Causation and prevention of malarial fevers: a statement of the results of researches drawn up for the use of assistant surgeons, hospital assistants and students
Disease focus: Malaria
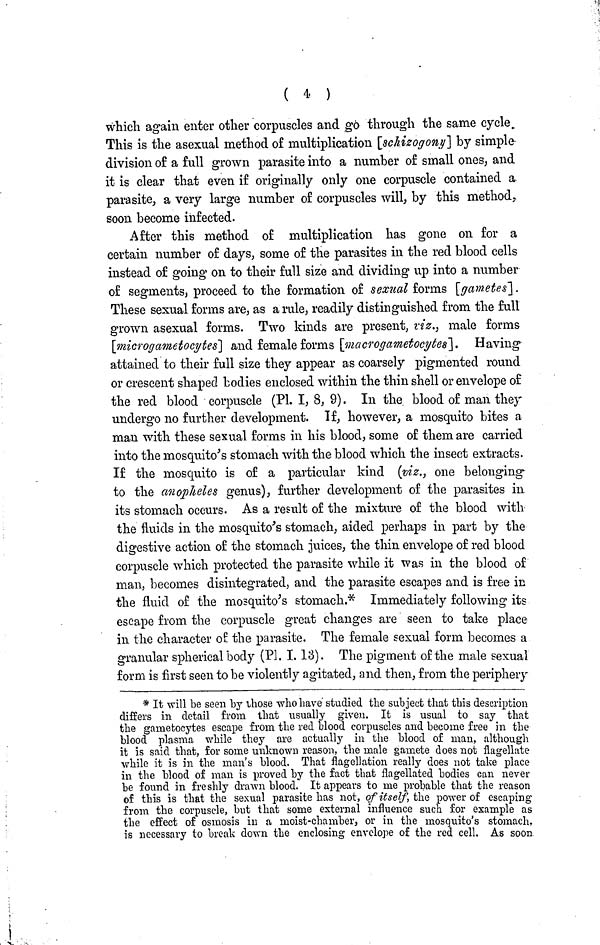
( 4 )
which again enter other corpuscles and go through the same cycle
This is the asexual method of multiplication [schizogony] by simple
division of a full grown parasite into a number of small ones, and
it is clear that even if originally only one corpuscle contained a
parasite, a very large number of corpuscles will, by this method,
soon become infected.
After this method of multiplication has gone on for a
certain number of days, some of the parasites in the red blood cells
instead of going on to their full size and dividing up into a number
of segments, proceed to the formation of sexual forms [gametes].
These sexual forms are, as a rule, readily distinguished from the full
grown asexual forms. Two kinds are present, viz., male forms
[microgametocytes] and female forms [macrogametocytes]. Having
attained to their full size they appear as coarsely pigmented round
or crescent shaped bodies enclosed within the thin shell or envelope of
the red blood corpuscle (Pl. I, 8, 9). In the blood of man they
undergo no further development. If, however, a mosquito bites a
man with these sexual forms in his blood, some of them are carried
into the mosquito's stomach with the blood which the insect extracts.
If the mosquito is of a particular kind (viz., one belonging
to the anopheles genus), further development of the parasites in
its stomach occurs. As a result of the mixture of the blood with
the fluids in the mosquito's stomach, aided perhaps in part by the
digestive action of the stomach juices, the thin envelope of red blood
corpuscle which protected the parasite while it was in the blood of
man, becomes disintegrated, and the parasite escapes and is free in
the fluid of the mosquito's stomach.* Immediately following its
escape from the corpuscle great changes are seen to take place
in the character of the parasite. The female sexual form becomes a
granular spherical body (Pl. I. 13). The pigment of the male sexual
form is first seen to be violently agitated, and then, from the periphery
* It will be seen by those who have studied the subject that this description
differs in detail from that usually given. It is usual to say that
the gametocytes escape from the red blood corpuscles and become free in the
blood plasma while they are actually in the blood of man, although
it is said that, for some unknown reason, the male gamete does not flagellate
while it is in the man's blood. That flagellation really does not take place
in the blood of man is proved by the fact that flagellated bodies can never
be found in freshly drawn blood. It appears to me probable that the reason
of this is that the sexual parasite has not, of itself, the power of escaping
from the corpuscle, but that some external influence such for example as
the effect of osmosis in a moist-chamber, or in the mosquito's stomach,
is necessary to break down the enclosing envelope of the red cell. As soon